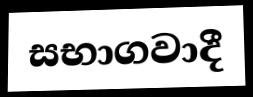
සභාගවාදී